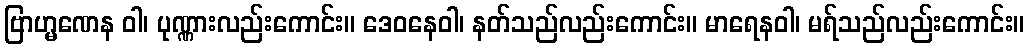
ဗြာဟ္မဏေန ဝါ၊ ပုဏ္ဏားလည်းကောင်း။ ဒေဝနေဝါ၊ နတ်သည်လည်းကောင်း။ မာရေနဝါ၊ မရ်သည်လည်းကောင်း။